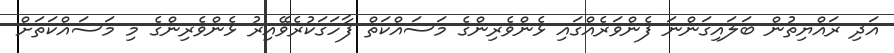
އަދި ރައްޔިތުން ބަލައިގަންނަ ފެންވަރެއްގައި ޅެންވެރިންގެ މަސައްކަތް ފާހަގަކުރެވޭއިރު ޅެންވެރިންގެ މި މަސައްކަތަށް